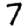
Digit: 7